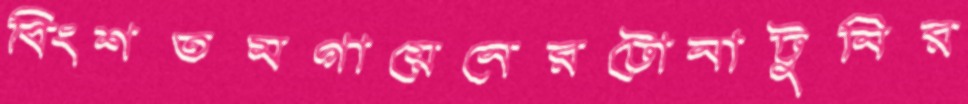
বিংশতমগায়েনেরটোনাটুনির